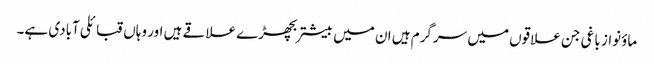
ماؤنواز باغی جن علاقوں میں سرگرم ہیں ان میں بیشتربچھڑے علاقے ہیں اور وہاں قبائلی آبادی ہے۔